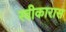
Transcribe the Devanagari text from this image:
स्वीकारास